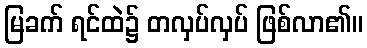
မြခက် ရင်ထဲ၌ တလှပ်လှပ် ဖြစ်လာ၏။